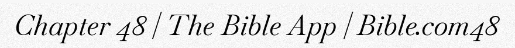
Chapter 48 | The Bible App | Bible.com48